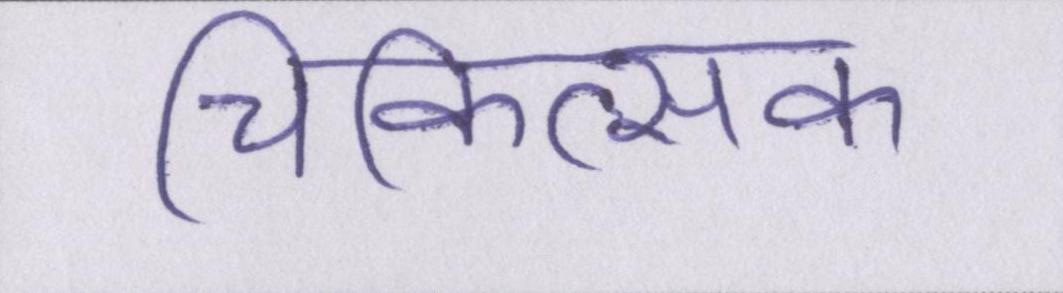
चिकित्सक